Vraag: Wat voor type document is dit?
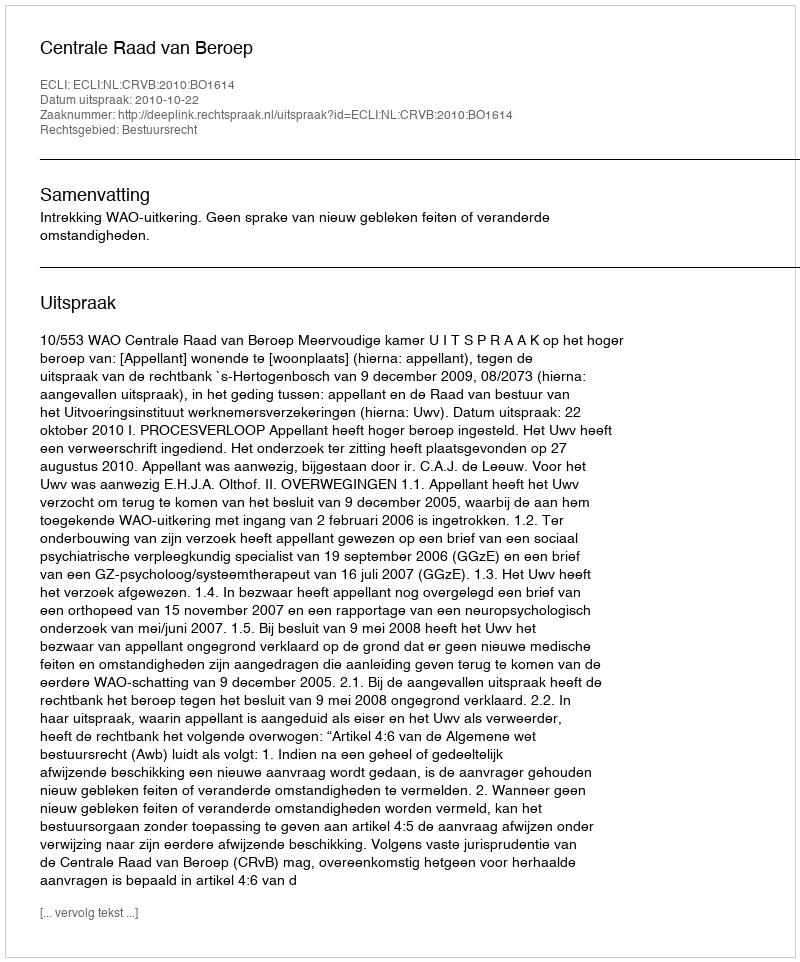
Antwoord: Uitspraak